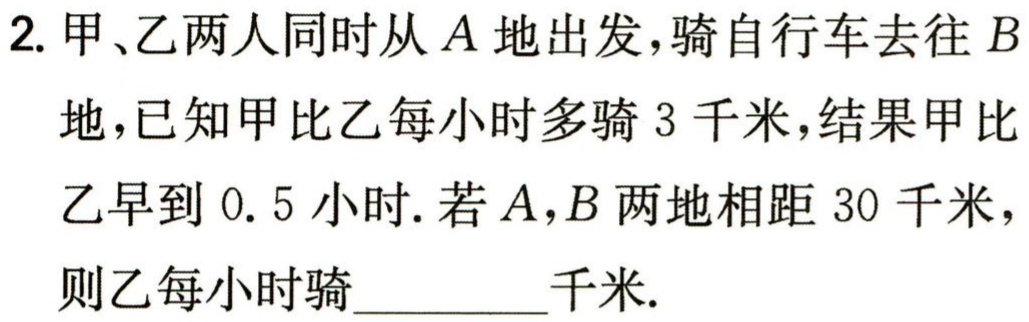
2. 甲、乙两人同时从\(A\)地出发，骑自行车去往\(B\)地，已知甲比乙每小时多骑\(3\)千米，结果甲比乙早到\(0.5\)小时. 若\(A,B\)两地相距\(30\)千米，则乙每小时骑_________千米.